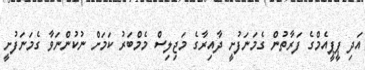
އަދި ޕީޕީއެމްގެ ފަރާތުން ގެމަނަފުށީ ދާއިރާގެ މަޖިލިސް މެމްބަރު ކަމަށް ނުކުންނަވާ ގެމަނަފުށީ